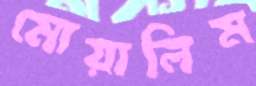
মোয়ালিম